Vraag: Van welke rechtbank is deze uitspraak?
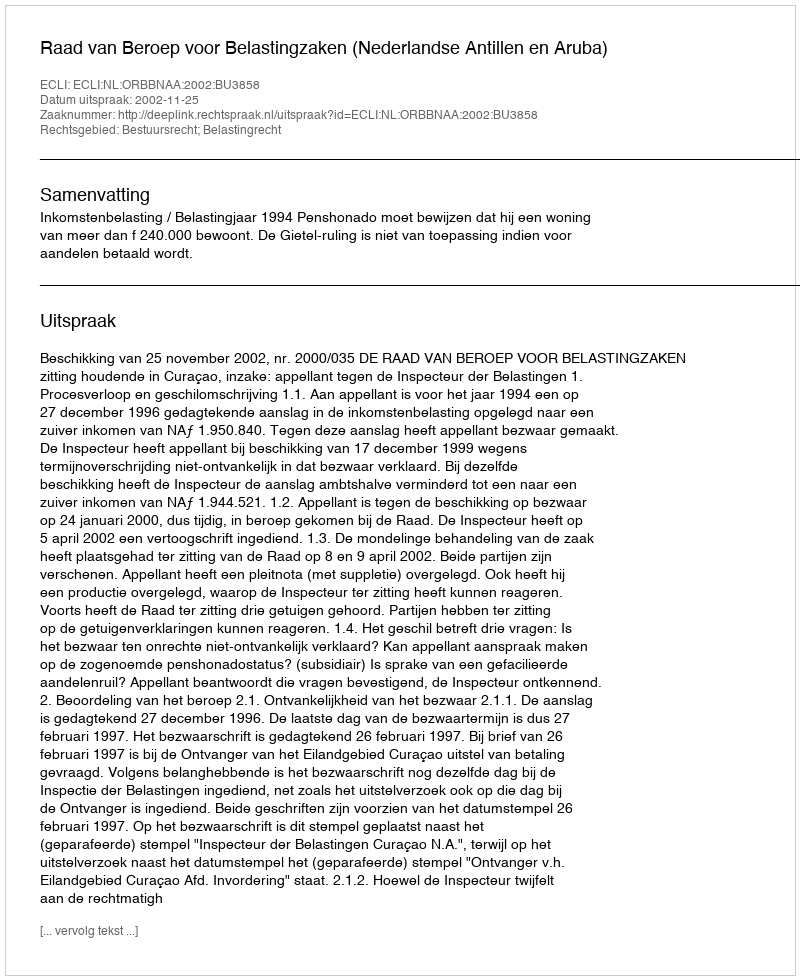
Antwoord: Raad van Beroep voor Belastingzaken (Nederlandse Antillen en Aruba)